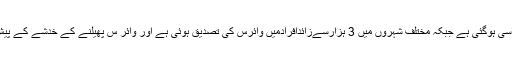
خیال رہے چین کروناوائرس سےہلاکتوں کی تعداد اسی ہوگئی ہے جبکہ مختلف شہروں میں 3 ہزارسےزائدافرادمیں وائرس کی تصدیق ہوئی ہے اور وائر س پھیلنے کے خدشے کے پیش نظرووہان کا دیگر شہروں سے رابطہ منقطع ہے۔